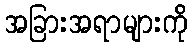
အခြားအရာများကို